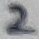
Text: 2